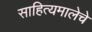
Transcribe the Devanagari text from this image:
साहित्यमालेचे